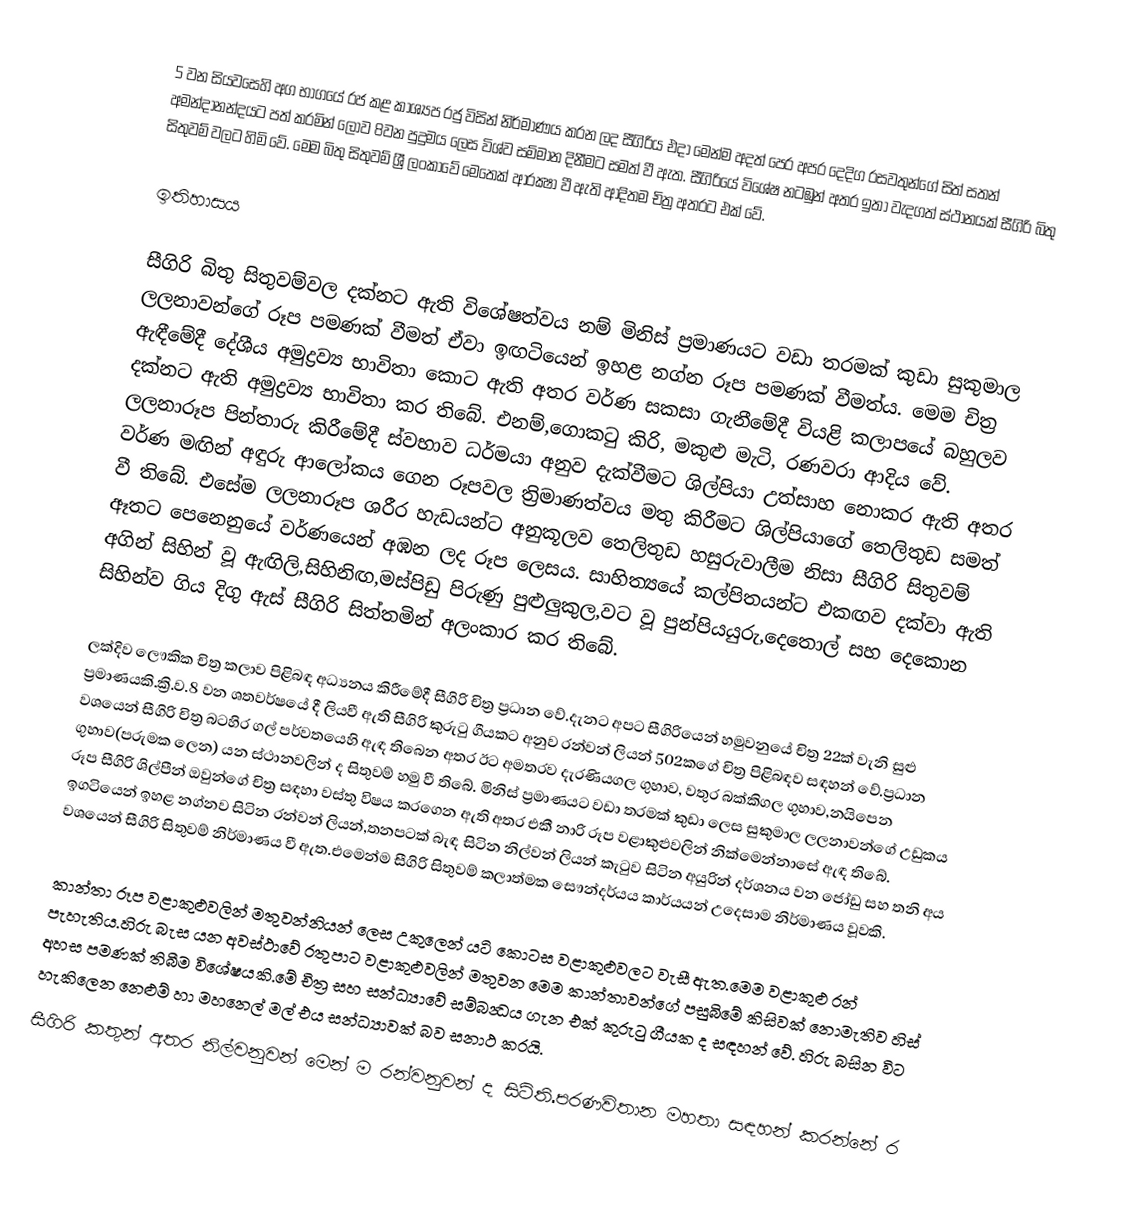
5 වන සියවසෙහි අග භාගයේ රජ කළ කාශ්‍යප රජු විසින් නිර්මාණය කරන ලද සීගිරිය එදා මෙන්ම අදත් පෙර අපර දෙදිග රසවතුන්ගේ සිත් සතන් අමන්දානන්දයට පත් කරමින් ලොව 8වන පුදුමය ලෙස විශ්ව සම්මාන දිනීමට සමත් වී ඇත. සීගිරියේ විශේෂ  නටඹුන් අතර ඉතා වැදගත් ස්ථානයක් සීගිරි බිතු සිතුවම් වලට හිමි වේ. මෙම බිතු සිතුවම් ශ්‍රී ලංකාවේ මෙතෙක් ආරක්‍ෂා වී ඇති ආදිතම චිත්‍ර අතරට එක් වේ.

ඉතිහාසය

සීගිරි බිතු සිතුවම්වල දක්නට ඇති විශේෂත්වය නම් මිනිස් ප්‍රමාණයට වඩා තරමක් කුඩා සුකුමාල ලලනාවන්ගේ රූප පමණක් වීමත් ඒවා ඉඟටියෙන් ඉහළ නග්න රූප පමණක් වීමත්ය. මෙම චිත්‍ර ඇඳීමේදී  දේශීය අමුද්‍රව්‍ය භාවිතා කොට ඇති අතර වර්ණ සකසා ගැනීමේදී වියළි කලාපයේ බහුලව දක්නට ඇති අමුද්‍රව්‍ය භාවිතා කර තිබේ. එනම්,ගොකටු කිරි, මකුළු මැටි, රණවරා ආදිය වේ. ලලනාරූප පින්තාරු කිරීමේදී ස්වභාව ධර්මයා අනුව දැක්වීමට ශිල්පියා උත්සාහ නොකර ඇති අතර වර්ණ මඟින් අඳුරු ආලෝකය ගෙන රූපවල ත්‍රිමාණත්වය මතු කිරීමට ශිල්පියාගේ තෙලිතුඩ සමත් වී තිබේ. එසේම ලලනාරූප ශරීර හැඩයන්ට අනුකූලව තෙලිතුඩ හසුරුවාලීම නිසා සීගිරි සිතුවම් ඈතට පෙනෙනුයේ වර්ණයෙන් අඹන ලද රූප ලෙසය. සාහිත්‍යයේ කල්පිතයන්ට එකඟව දක්වා ඇති අගින් සිහින් වූ ඇඟිලි,සිහිනිඟ,මස්පිඩු පිරුණු පුළුලුකුල,වට වූ පුන්පියයුරු,දෙතොල් සහ දෙකොන සිහින්ව ගිය දිගු ඇස් සීගිරි සිත්තමින් අලංකාර කර තිබේ.

ලක්දිව ලෞකික චිත්‍ර කලාව පිළිබඳ අධ්‍යනය කිරීමේදී සීගිරි චිත්‍ර ප්‍රධාන වේ.දැනට අපට සීගිරියෙන් හමුවනුයේ චිත්‍ර 22ක් වැනි සුළු ප්‍රමාණයකි.ක්‍රි.ව.8 වන ශතවර්ෂයේ දී ලියවී ඇති සීගිරි කුරුටු ගීයකට අනුව රන්වන් ලියන් 502කගේ චිත්‍ර පිළිබඳව සඳහන් වේ.ප්‍රධාන වශයෙන් සීගිරි චිත්‍ර බටහිර ගල් පර්වතයෙහි ඇඳ තිබෙන අතර ඊට අමතරව දැරණියගල ගුහාව, වතුර බක්කිගල ගුහාව,නයිපෙන ගුහාව(පරුමක ලෙන) යන ස්ථානවලින් ද සිතුවම් හමු වී තිබේ. මිනිස් ප්‍රමාණයට වඩා තරමක් කුඩා ලෙස සුකුමාල ලලනාවන්ගේ උඩුකය රූප සීගිරි ශිල්පීන් ඔවුන්ගේ චිත්‍ර සඳහා වස්තු විෂය කරගෙන ඇති අතර එකී නාරි රූප වළාකුළුවලින් නික්මෙන්නාසේ ඇඳ තිබේ. ඉගටියෙන් ඉහළ නග්නව සිටින රන්වන් ලියන්,තනපටක් බැඳ සිටින නිල්වන් ලියන් කැටුව සිටින අයුරින් දර්ශනය වන ජෝඩු සහ තනි අය වශයෙන් සීගිරි සිතුවම් නිර්මාණය වී ඇත.එමෙන්ම සීගිරි සිතුවම් කලාත්මක සෞන්දර්යය කාර්යයන් උදෙසාම නිර්මාණය වූවකි.

කාන්තා රූප වළාකුළුවලින් මතුවන්නියන් ලෙස උකුලෙන් යටි කොටස වළාකුළුවලට වැසී ඇත.මෙම වළාකුළු රන් පැහැතිය.හිරු බැස යන අවස්ථාවේ රතුපාට වළාකුළුවලින් මතුවන මෙම කාන්තාවන්ගේ පසුබිමේ කිසිවක් නොමැතිව හිස් අහස පමණක් තිබීම විශේෂයකි.මේ චිත්‍ර සහ සන්ධ්‍යාවේ සම්බන්‍ධය ගැන එක් කුරුටු ගීයක ද සඳහන් වේ. හිරු බසින විට හැකිලෙන නෙළුම් හා මහනෙල් මල් එය සන්ධ්‍යාවක් බව සනාථ කරයි.
සීගිරි කතුන් අතර නිල්වනුවන් මෙන් ම රන්වනුවන් ද සිටිති.පරණවිතාන මහතා සඳහන් කරන්නේ ර